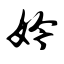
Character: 妗